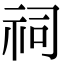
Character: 祠